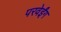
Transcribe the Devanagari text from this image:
परवेईंग